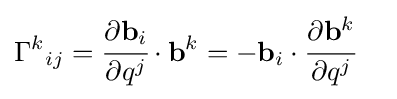
\Gamma ^{k}{}_{ij}={\cfrac {\partial \mathbf {b} _{i}}{\partial q^{j}}}\cdot \mathbf {b} ^{k}=-\mathbf {b} _{i}\cdot {\cfrac {\partial \mathbf {b} ^{k}}{\partial q^{j}}}\quad